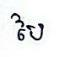
បៃ